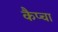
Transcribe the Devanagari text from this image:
कैप्चा